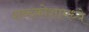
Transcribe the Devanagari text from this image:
शब्दकोशामध्ये